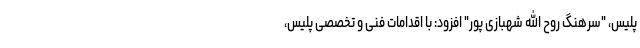
پلیس، "سرهنگ روح الله شهبازی پور" افزود: با اقدامات فنی و تخصصی پلیس،